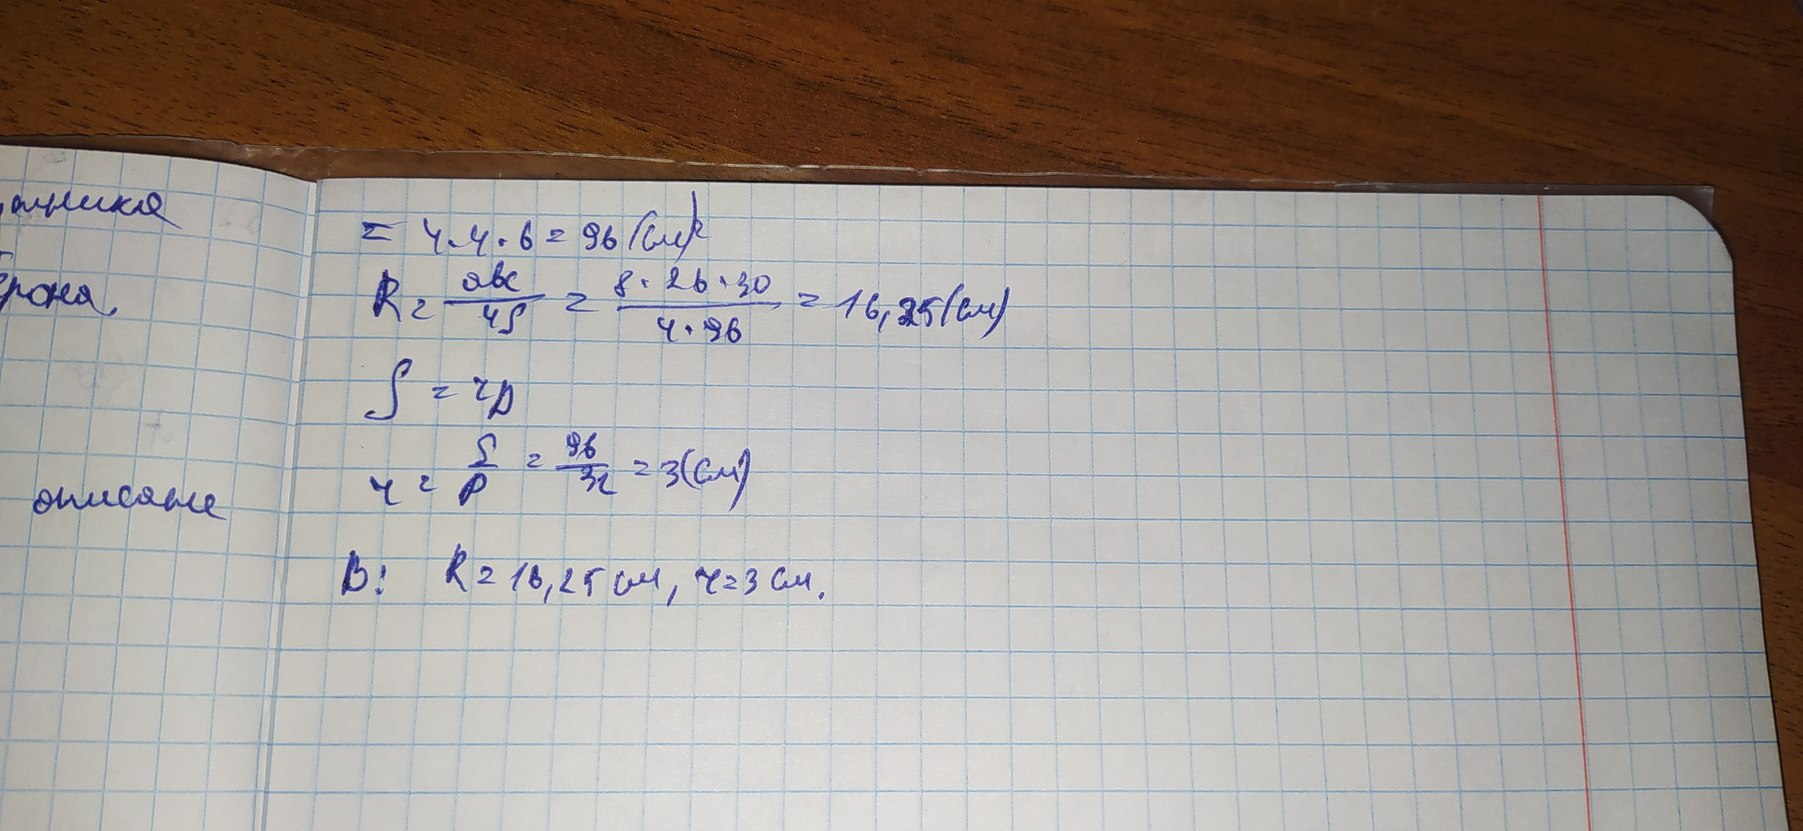
жника
= 4 · 4 · 6 = 96 (см)^2
R2 = abc/4s = 8*26*30/4*96 = 16,25(см)
рона
S =rp
r = s/p = 96/32 = 3(см)
описане
B:   R = 16,25 см, r = 3см.